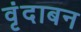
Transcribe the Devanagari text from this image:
वृंदाबन